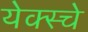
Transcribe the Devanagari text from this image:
येक्स्चे